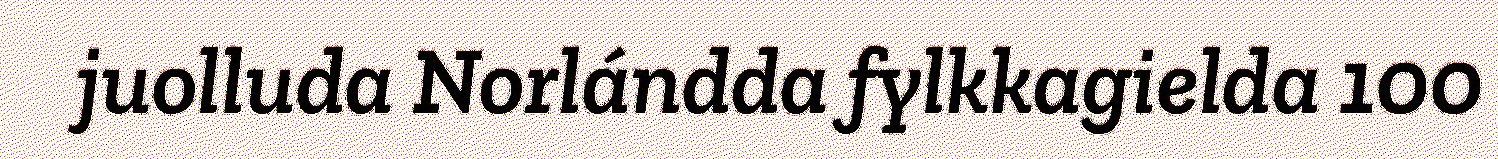
juolluda Norlándda fylkkagielda 100